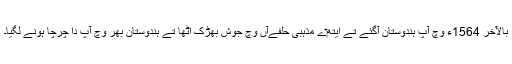
بالآخر 1564ء وچ آپ ہندوستان آگئے تے ایتھ‏ے مذہبی حلفےآں وچ جوش بھڑک اُٹھا تے ہندوستان بھر وچ آپ دا چرچا ہونے لگیا۔